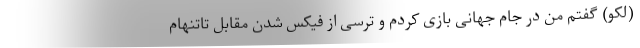
(لکو) گفتم من در جام جهانی بازی کردم و ترسی از فیکس شدن مقابل تاتنهام